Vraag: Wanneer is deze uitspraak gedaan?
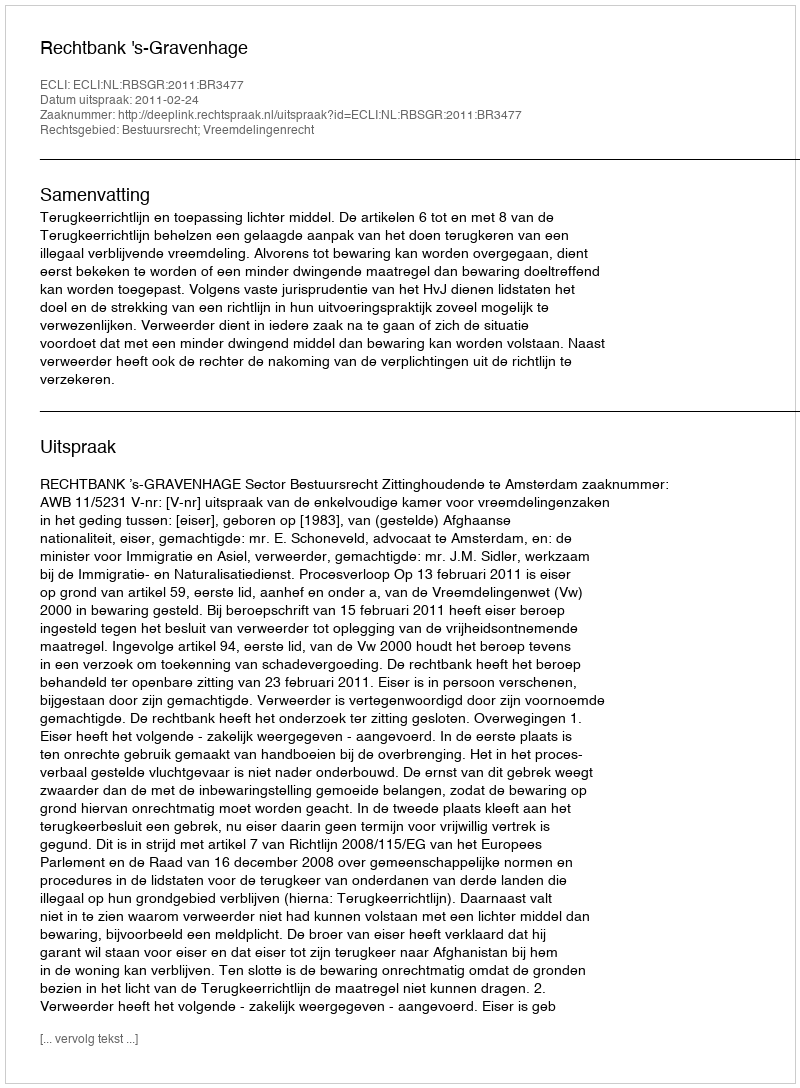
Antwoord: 2011-02-24